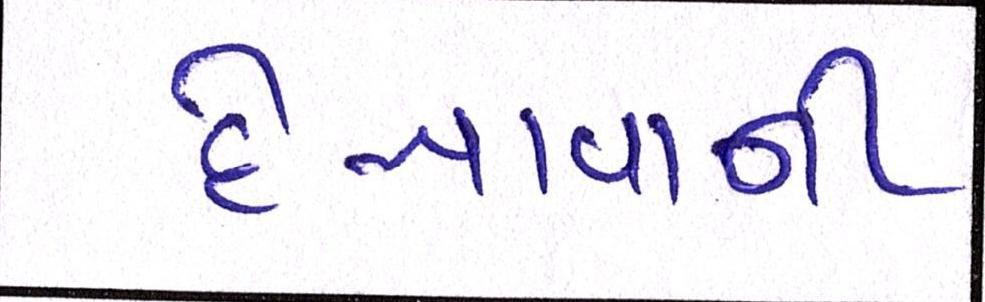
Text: દેખાવાની